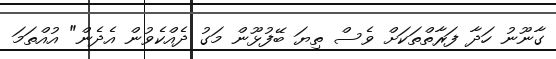
ގާނޫނު ހަދާ ފަރާތްތަކަށް ވެސް ތިޔަ ބޭފުޅޫން މަގު ދެއްކެވުން އެދެން" އުއްތަމަ